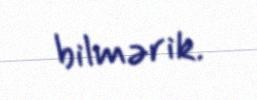
bilmərik.